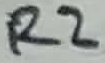
Text: R2